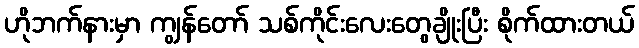
ဟိုဘက်နားမှာ ကျွန်တော် သစ်ကိုင်းလေးတွေချိုးပြီး စိုက်ထားတယ်